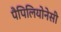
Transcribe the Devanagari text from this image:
पैपिलियोनेसी